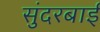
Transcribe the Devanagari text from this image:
सुंदरबाई